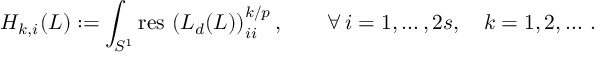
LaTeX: H _ { k , i } ( L ) : = \int _ { S ^ { 1 } } \mathrm { r e s \, } \left( L _ { d } ( L ) \right) _ { i i } ^ { k / { p } } , \qquad \forall \, i = 1 , \ldots , 2 s , \quad k = 1 , 2 , \dots \, .